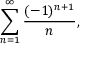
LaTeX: \sum _ { n = 1 } ^ { \infty } { \frac { ( - 1 ) ^ { n + 1 } } { n } } ,